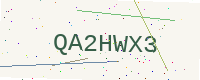
Text: QA2HWX3